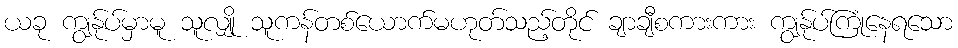
ယခု ကျွန်ုပ်မှာမူ သူလျှို သူကန်တစ်ယောက်မဟုတ်သည့်တိုင် ချာချီစကားကား ကျွန်ုပ်ကြုံနေရသော